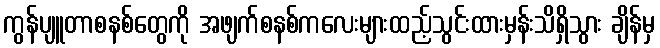
ကွန်ပျူတာစနစ်တွေကို အဖျက်စနစ်ကလေးများထည့်သွင်းထားမှန်းသိရှိသွား ချိန်မှ